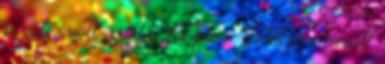
pixeles volt az első fél perc, de utána beállt